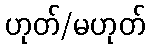
ဟုတ်/မဟုတ်